Annual report on the working of the mental hospitals in the Madras Presidency - 1912-1932
Year: 1912
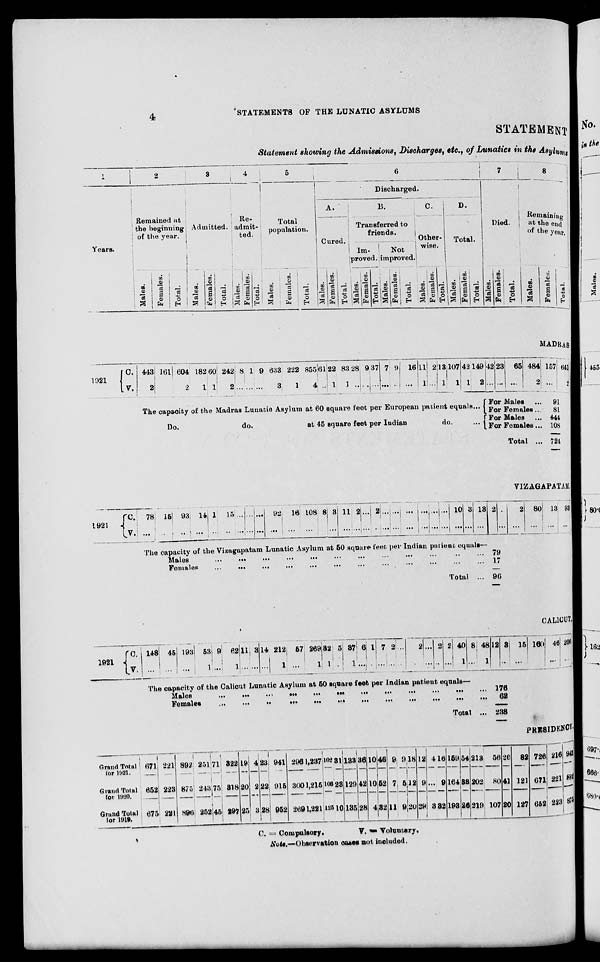
4
STATEMENTS OF THE LUNATIC ASYLUMS
STATEMENT
Statement showing the Admissions, Discharges, etc., of Lunatics in the Asylums
1
Years.
2
Remained at
the beginning
of the year.
Males.
Females.
Total.
3
Admitted.
Males.
Females.
Total.
4
Re¬
admit¬
ted.
Males.
Females.
Total.
5
Total
population.
Males.
Females.
Total.
6
Discharged.
A.
Cured.
Males.
Females.
Total.
B.
Transferred to
friends.
Im¬
proved.
Males.
Females.
Total.
Not
improved.
Males.
Females.
Total.
C.
Other¬
wise.
Males.
Females.
Total.
D.
Total.
Males.
Females.
Total.
7
Died.
Males.
Females.
Total.
8
Remaining
at the end
of the year.
Males.
Females.
Total.
MADRAS
1921
C.
V.
443
2
161 604
2
182
1
60
1
242
2
8
...
1
...
9
...
633
3
222
1
855
4
61
..
22
1
83
1
28
...
9
...
37
...
7
...
9
..
16
...
11
1
2
...
13
1
107
1
42
1
149
2
42
...
23
...
65
...
484
2
157
...
641
2
The capacity of the Madras Lunatic Asylum at 60 Square feet per European patient equals...
Do.
do.
at 45 Square feet per Indian
do.
For Males
For Females..
For Males ...
For Females...
Total ...
91
81
444
108
724
VIZAGAPATAM
1921
C.
V.
78
...
15
...
93
...
14
...
1
...
15
...
...
...
...
...
...
...
92
...
16
...
108
...
8
...
3
...
11
...
2
...
...
... 2 ...
...
...
...
...
...
...
...
...
...
...
...
...
10
...
3
...
13
...
2
...
...
...
2
...
80
...
13
...
93
...
The capacity of the Vizagapatam Lunatic Asylum at 50 Square feet per Indian patient equals—
Males
...
...
...
...
... ... ... ... ... ... ... ... ...
Females ... ... ... ... ... ... ... ... ... ... ... ...
Total ...
79
17
96
CALICUT.
1921 C.
V.
148
...
45
...
193
...
53
1
9
...
62
1
11
...
3
...
14
...
212
1
57
...
269
1
32
1
5
...
37
1
6
...
1
...
7
...
2
...
...
...
2
...
...
...
2
...
2
...
40
1
8
...
48
1
12
...
3
...
15
...
160
...
46
...
206
...
The capacity of the Calicut Lunatic Asylum at 50 square feet per Indian patient equals—
Males ... ... ... ... ... ... ... ... ... ... ... ...
Females
...
...
...
...
...
...
... ... ... ... ...
Total ...
176
62
238
PRESIDENCY
Grand Total
for 1921.
Grand Total
for 1920.
Grand Total
for 1919.
671
652
675
221
223
221
892
875
896
251
243
252
71
75
45
322
318
297
19
20
25
4
2
3
23
22
28
941
915
952
296
300
269
1,237
1,215
1,221
102
106
125
31
23
10
133
129
135
36
42
28
10
10
4
46
52
32
9
7
11
9
5
9
18
12
20
12
9
29
4
...
3
16
9
32
159
164
193
54
38
26
213
202
219
56
80
107
26
41
20
82
121
127
726
671
662
216
221
223
942
892
875
C. = Compulsory.
V. = Voluntary.
NOTE.—Observation cases not included.